Civil Veterinary Department. Madras. Admin. report 1926-33 - 1926-1933
Year: 1926
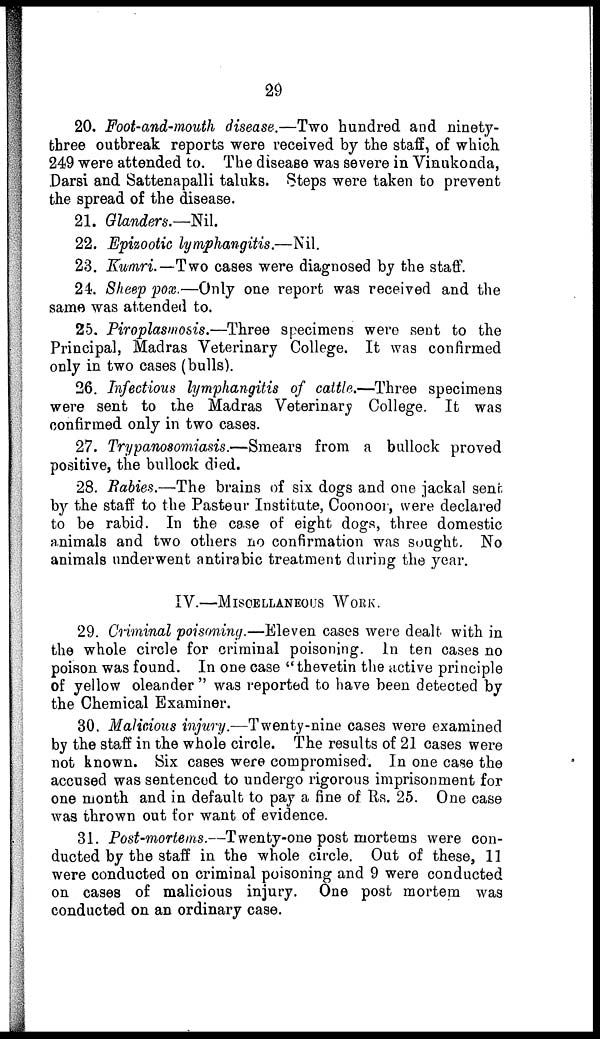
29
20. Foot-and-mouth disease.—Two hundred and ninety-
three outbreak reports were received by the staff, of which
249 were attended to. The disease was severe in Vinukonda,
Darsi and Sattenapalli taluks. Steps were taken to prevent
the spread of the disease.
21. Glanders.—Nil.
22. Epizootic lymphangitis.—Nil.
23. Kumri.—Two cases were diagnosed by the staff.
24. Sheep pox.—Only one report was received and the
same was attended to.
25. Piroplasmosis.—Three specimens were sent to the
Principal, Madras Veterinary College. It was confirmed
only in two cases (bulls).
26. Infectious lymphangitis of cattle.—Three specimens
were sent to the Madras Veterinary College. It was
confirmed only in two cases.
27. Trypanosomiasis.—Smears from a bullock proved
positive, the bullock died.
28. Rabies.—The brains of six dogs and one jackal sent
by the staff to the Pasteur Institute, Coonoor, were declared
to be rabid. In the case of eight dogs, three domestic
animals and two others no confirmation was sought. No
animals underwent antirabic treatment during the year.
IV.—MISCELLANEOUS WORK.
29. Criminal poisoning.—Eleven cases were dealt with in
the whole circle for criminal poisoning. In ten cases no
poison was found. In one case "thevetin the active principle
of yellow oleander " was reported to have been detected by
the Chemical Examiner.
30. Malicious injury.—Twenty-nine cases were examined
by the staff in the whole circle. The results of 21 cases were
not known. Six cases were compromised. In one case the
accused was sentenced to undergo rigorous imprisonment for
one month and in default to pay a fine of Rs. 25. One case
was thrown out for want of evidence.
31. Post-mortems.—Twenty-one post mortems were con-
ducted by the staff in the whole circle. Out of these, 11
were conducted on criminal poisoning and 9 were conducted
on cases of malicious injury. One post mortem was
conducted on an ordinary case.